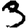
Digit: 3